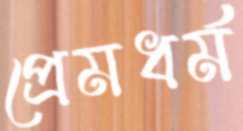
প্রেমধর্ম